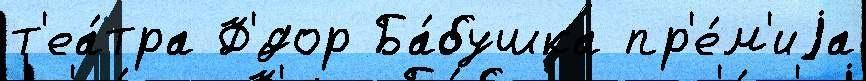
т'еа́тра Ф'́дор Ба́бушка пр'е́м'иjа